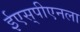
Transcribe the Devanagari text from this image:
ईएस्‌पीएनला